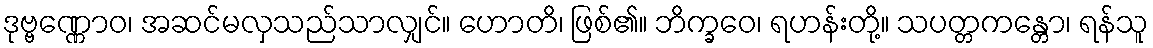
ဒုဗ္ဗဏ္ဏောဝ၊ အဆင်မလှသည်သာလျှင်။ ဟောတိ၊ ဖြစ်၏။ ဘိက္ခဝေ၊ ရဟန်းတို့။ သပတ္တကန္တော၊ ရန်သူ